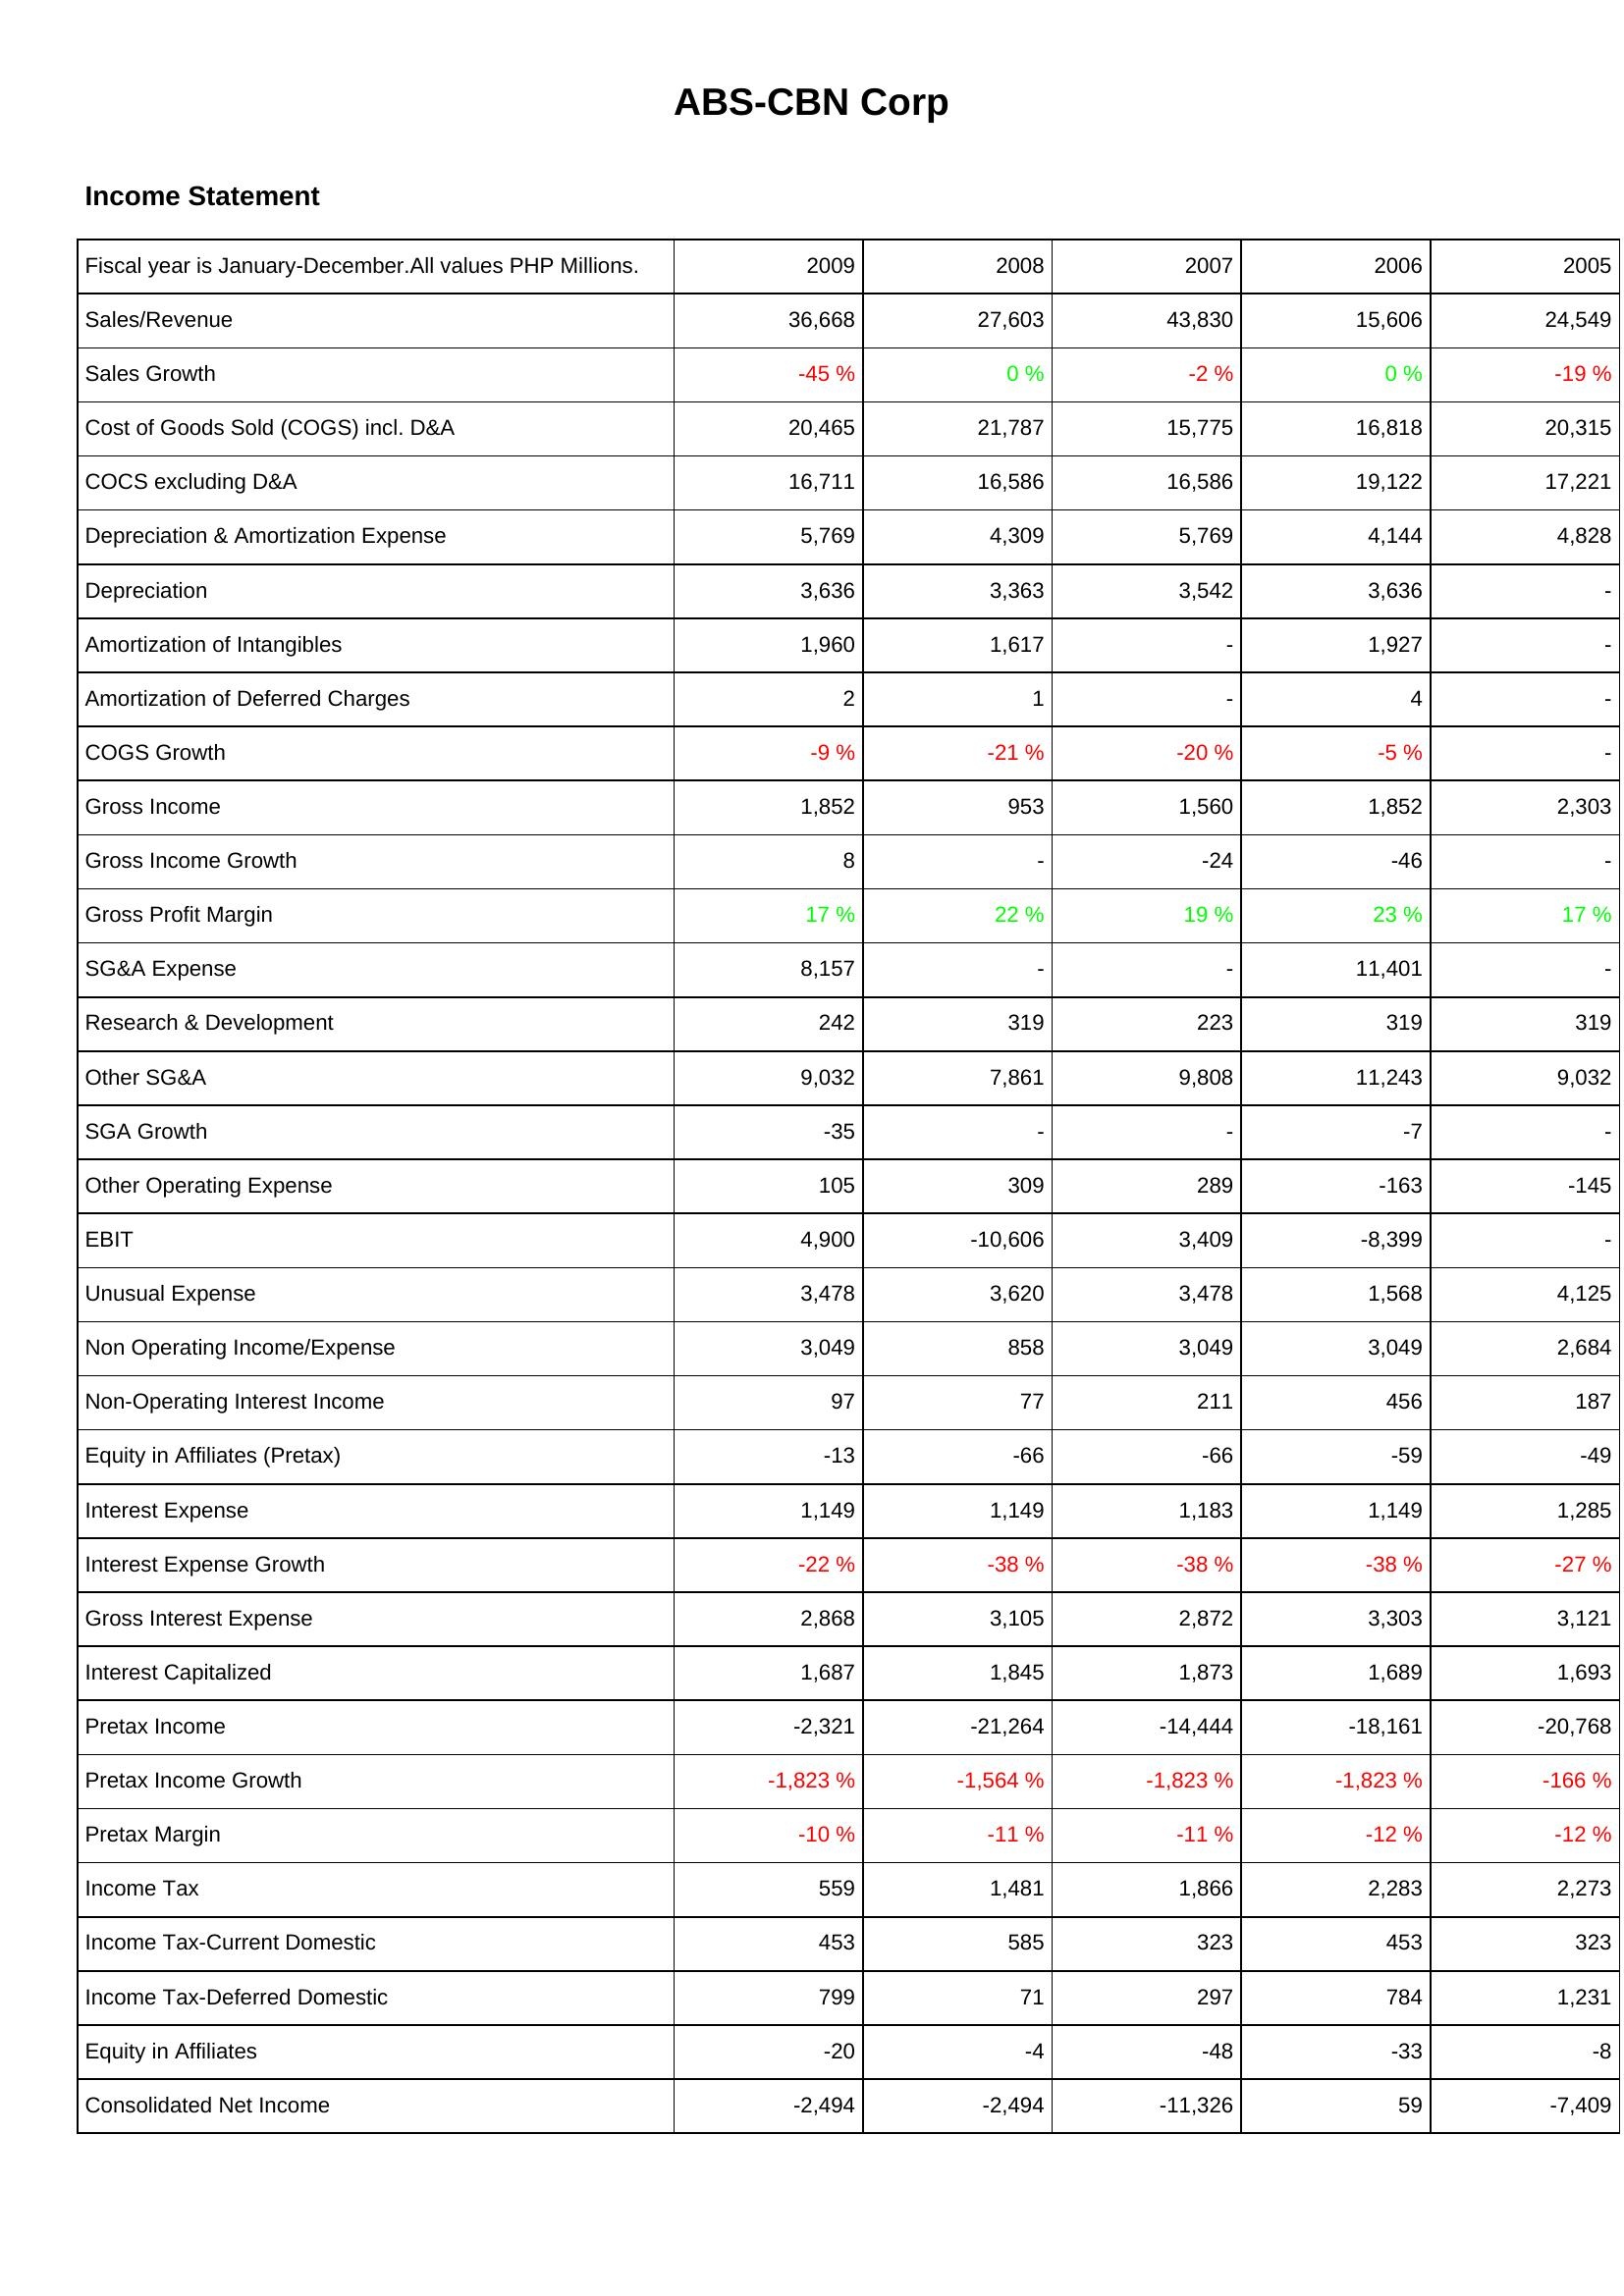
2009: Income Statement: Sales/Revenue: 36,668
Sales Growth: -45 %
Cost of Goods Sold (COGS) incl. D&A: 20,465
COCS excluding D&A: 16,711
Depreciation & Amortization Expense: 5,769
Depreciation: 3,636
Amortization of Intangibles: 1,960
Amortization of Deferred Charges: 2
COGS Growth: -9 %
Gross Income: 1,852
Gross Income Growth: 8
Gross Profit Margin: 17 %
SG&A Expense: 8,157
Research & Development: 242
Other SG&A: 9,032
SGA Growth: -35
Other Operating Expense: 105
EBIT: 4,900
Unusual Expense: 3,478
Non Operating Income/Expense: 3,049
Non-Operating Interest Income: 97
Equity in Affiliates (Pretax): -13
Interest Expense: 1,149
Interest Expense Growth: -22 %
Gross Interest Expense: 2,868
Interest Capitalized: 1,687
Pretax Income: -2,321
Pretax Income Growth: -1,823 %
Pretax Margin: -10 %
Income Tax: 559
Income Tax-Current Domestic: 453
Income Tax-Deferred Domestic: 799
Equity in Affiliates: -20
Consolidated Net Income: -2,494
2008: Income Statement: Sales/Revenue: 27,603
Sales Growth: 0 %
Cost of Goods Sold (COGS) incl. D&A: 21,787
COCS excluding D&A: 16,586
Depreciation & Amortization Expense: 4,309
Depreciation: 3,363
Amortization of Intangibles: 1,617
Amortization of Deferred Charges: 1
COGS Growth: -21 %
Gross Income: 953
Gross Income Growth: -
Gross Profit Margin: 22 %
SG&A Expense: -
Research & Development: 319
Other SG&A: 7,861
SGA Growth: -
Other Operating Expense: 309
EBIT: -10,606
Unusual Expense: 3,620
Non Operating Income/Expense: 858
Non-Operating Interest Income: 77
Equity in Affiliates (Pretax): -66
Interest Expense: 1,149
Interest Expense Growth: -38 %
Gross Interest Expense: 3,105
Interest Capitalized: 1,845
Pretax Income: -21,264
Pretax Income Growth: -1,564 %
Pretax Margin: -11 %
Income Tax: 1,481
Income Tax-Current Domestic: 585
Income Tax-Deferred Domestic: 71
Equity in Affiliates: -4
Consolidated Net Income: -2,494
2007: Income Statement: Sales/Revenue: 43,830
Sales Growth: -2 %
Cost of Goods Sold (COGS) incl. D&A: 15,775
COCS excluding D&A: 16,586
Depreciation & Amortization Expense: 5,769
Depreciation: 3,542
Amortization of Intangibles: -
Amortization of Deferred Charges: -
COGS Growth: -20 %
Gross Income: 1,560
Gross Income Growth: -24
Gross Profit Margin: 19 %
SG&A Expense: -
Research & Development: 223
Other SG&A: 9,808
SGA Growth: -
Other Operating Expense: 289
EBIT: 3,409
Unusual Expense: 3,478
Non Operating Income/Expense: 3,049
Non-Operating Interest Income: 211
Equity in Affiliates (Pretax): -66
Interest Expense: 1,183
Interest Expense Growth: -38 %
Gross Interest Expense: 2,872
Interest Capitalized: 1,873
Pretax Income: -14,444
Pretax Income Growth: -1,823 %
Pretax Margin: -11 %
Income Tax: 1,866
Income Tax-Current Domestic: 323
Income Tax-Deferred Domestic: 297
Equity in Affiliates: -48
Consolidated Net Income: -11,326
2006: Income Statement: Sales/Revenue: 15,606
Sales Growth: 0 %
Cost of Goods Sold (COGS) incl. D&A: 16,818
COCS excluding D&A: 19,122
Depreciation & Amortization Expense: 4,144
Depreciation: 3,636
Amortization of Intangibles: 1,927
Amortization of Deferred Charges: 4
COGS Growth: -5 %
Gross Income: 1,852
Gross Income Growth: -46
Gross Profit Margin: 23 %
SG&A Expense: 11,401
Research & Development: 319
Other SG&A: 11,243
SGA Growth: -7
Other Operating Expense: -163
EBIT: -8,399
Unusual Expense: 1,568
Non Operating Income/Expense: 3,049
Non-Operating Interest Income: 456
Equity in Affiliates (Pretax): -59
Interest Expense: 1,149
Interest Expense Growth: -38 %
Gross Interest Expense: 3,303
Interest Capitalized: 1,689
Pretax Income: -18,161
Pretax Income Growth: -1,823 %
Pretax Margin: -12 %
Income Tax: 2,283
Income Tax-Current Domestic: 453
Income Tax-Deferred Domestic: 784
Equity in Affiliates: -33
Consolidated Net Income: 59
2005: Income Statement: Sales/Revenue: 24,549
Sales Growth: -19 %
Cost of Goods Sold (COGS) incl. D&A: 20,315
COCS excluding D&A: 17,221
Depreciation & Amortization Expense: 4,828
Depreciation: -
Amortization of Intangibles: -
Amortization of Deferred Charges: -
COGS Growth: -
Gross Income: 2,303
Gross Income Growth: -
Gross Profit Margin: 17 %
SG&A Expense: -
Research & Development: 319
Other SG&A: 9,032
SGA Growth: -
Other Operating Expense: -145
EBIT: -
Unusual Expense: 4,125
Non Operating Income/Expense: 2,684
Non-Operating Interest Income: 187
Equity in Affiliates (Pretax): -49
Interest Expense: 1,285
Interest Expense Growth: -27 %
Gross Interest Expense: 3,121
Interest Capitalized: 1,693
Pretax Income: -20,768
Pretax Income Growth: -166 %
Pretax Margin: -12 %
Income Tax: 2,273
Income Tax-Current Domestic: 323
Income Tax-Deferred Domestic: 1,231
Equity in Affiliates: -8
Consolidated Net Income: -7,409